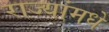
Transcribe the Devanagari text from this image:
राज्यांमधे